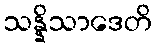
သန္နိသာဒေတိ